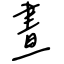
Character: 晝